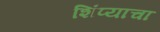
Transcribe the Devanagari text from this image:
शिंप्याचा